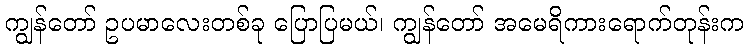
ကျွန်တော် ဥပမာလေးတစ်ခု ပြောပြမယ်၊ ကျွန်တော် အမေရိကားရောက်တုန်းက